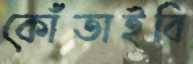
কোঁতাইবি